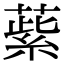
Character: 䔝